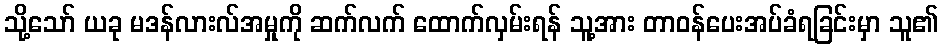
သို့သော် ယခု မဒန်လားလ်အမှုကို ဆက်လက် ထောက်လှမ်းရန် သူ့အား တာဝန်ပေးအပ်ခံရခြင်းမှာ သူ၏